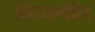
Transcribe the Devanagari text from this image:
शिरागॉत